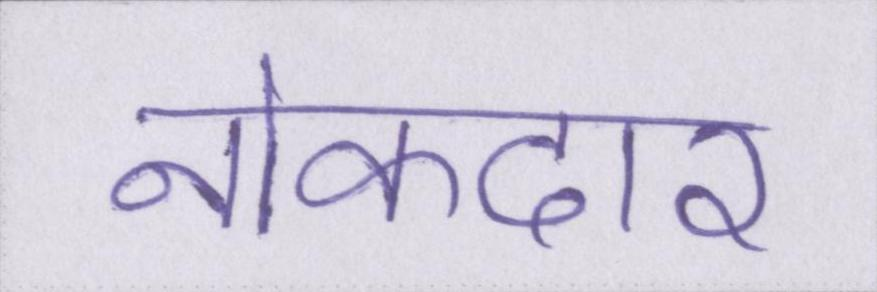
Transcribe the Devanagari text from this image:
नोकदार